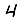
Digit: 4